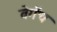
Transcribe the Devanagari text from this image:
वेगॅच